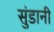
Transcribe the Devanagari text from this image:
सुंडानी